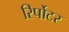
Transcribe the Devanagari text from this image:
रिर्पोटर